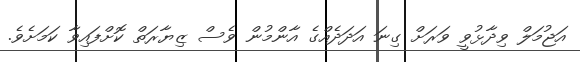
އަޖުމަލް ވިދާޅުވީ ވަރަށް ގިނަ އަދަދެއްގެ އާންމުން ވެސް ޒިޔާރަތް ކޮށްފައިވާ ކަމަށެވެ.